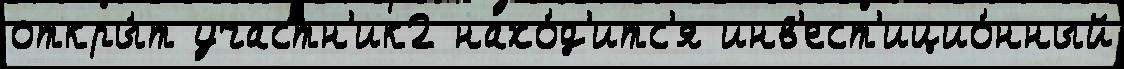
откры́т участн'ик2 нахо́д'итс'я инв'ест'ицио́нный